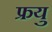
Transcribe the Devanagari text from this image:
फ्रयु